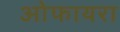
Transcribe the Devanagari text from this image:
ओफायरा